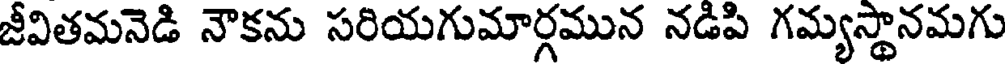
జీవితమనెడి నౌకను సరియగుమార్గమున నడిపి గమ్యస్థానమగు